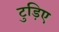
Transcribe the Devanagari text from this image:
टुड़िए